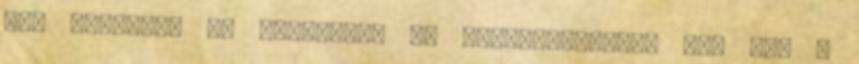
nem takartam se fóliával, se konyharuhával, ott ült a